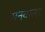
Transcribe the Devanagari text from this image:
मनवाला